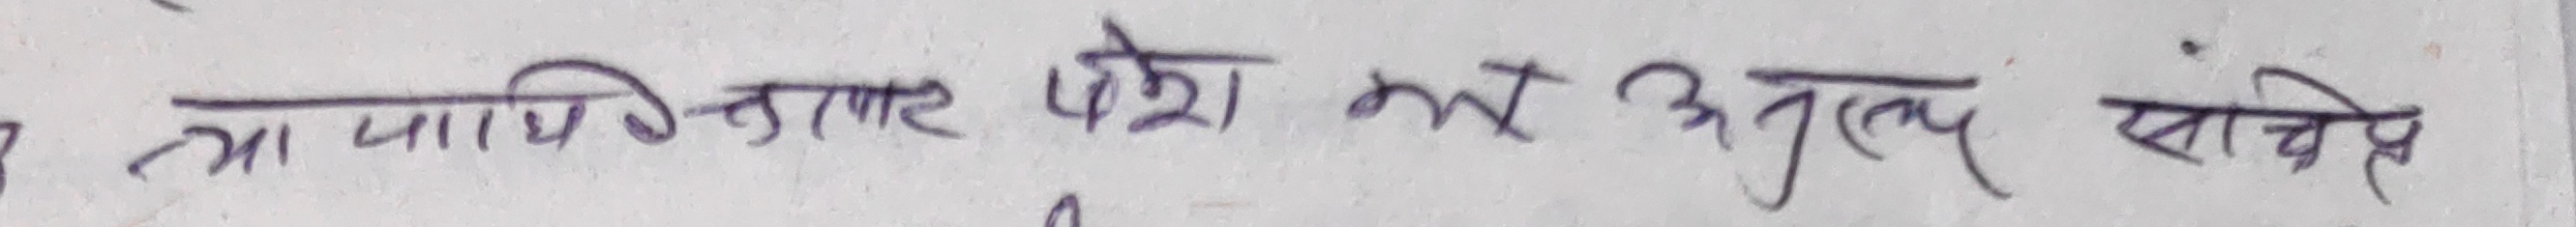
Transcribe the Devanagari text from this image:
मा थापितेदार पेश भाई अतुल्य सांचेप